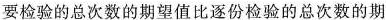
要检验的总次数的期望值比逐份检验的总次数的期